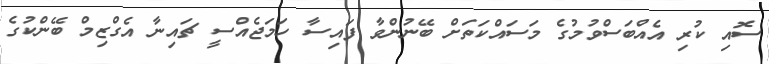
ސޮއި ކުރި އެއްބަސްވުމުގެ މަސައްކަތަށް ބޭނުންވާ ފައިސާ ހަމަޖެއްސީ ޗައިނާ އެގްޒިމް ބޭންކުގެ